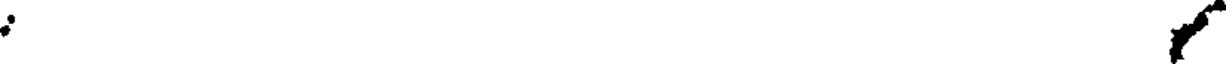
: